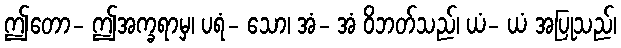
ဤတော- ဤအက္ခရာမှ၊ ပရံ- သော၊ အံ- အံ ဝိဘတ်သည်၊ ယံ- ယံ အပြုသည်၊